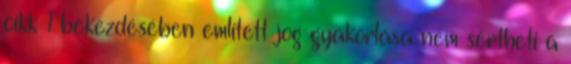
cikk 1 bekezdésében említett jog gyakorlása nem sértheti a